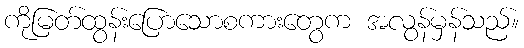
ကိုမြတ်ထွန်းပြောသောစကားတွေက အလွန်မှန်သည်။